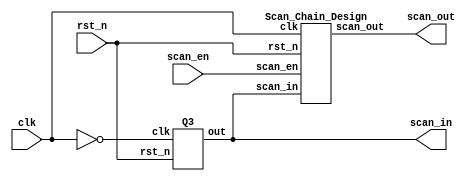
`timescale 1ns/1ps

module Built_In_Self_Test(clk, rst_n, scan_en, scan_in, scan_out);

    input clk;
    input rst_n;
    input scan_en;
    output scan_in;
    output scan_out;

    Q3 M1(
        .clk(~clk),
        .rst_n(rst_n),
        .out(scan_in)
    );    
    Scan_Chain_Design M2(
        .clk(clk),
        .rst_n(rst_n),
        .scan_in(scan_in),
        .scan_en(scan_en),
        .scan_out(scan_out)
    );

endmodule

module Q3(clk, rst_n, out);

    input clk, rst_n;
    output wire out;
    reg [8-1:0] mem;

    assign out = mem[7];

    always @(posedge clk) begin
        if (~rst_n) begin
            mem <= 8'b10111101;
        end else begin
            mem[7] <= mem[6];
            mem[6] <= mem[5];
            mem[5] <= mem[4];
            mem[4] <= mem[3];
            mem[3] <= mem[2];
            mem[2] <= mem[1];
            mem[1] <= mem[0];
            mem[0] <= (mem[1] ^ mem[2] ^ mem[3] ^ mem[7]);
        end
    end
//    always #(5) begin
//        $display("out: %b", out);
//    end
endmodule

module Scan_Chain_Design(clk, rst_n, scan_in, scan_en, scan_out);
    input clk;
    input rst_n;
    input scan_in;
    input scan_en;
    output reg scan_out;

    reg [7:0] p;
    reg [7:0] sdff;

    always @(*) begin
        p = sdff[7:4]*sdff[3:0];
        scan_out = sdff[0];
    end

    always @(posedge clk) begin
        if (!rst_n) begin
            sdff <= 8'b00000000;
        end else begin
            if (scan_en) begin
                sdff <= {scan_in, sdff[7:1]};
            end else begin
                sdff <= p;
            end
        end
    end

	always @(negedge clk) begin
		$display(
			"scan_in: %b | scan_en: %b | a: %d | b: %d | p: %d | sdff: %b",
			scan_in, scan_en, sdff[7:4], sdff[3:0], p, sdff[7:0]
		);
	end

endmodule